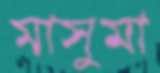
মাসুমা